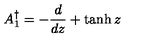
A _ { 1 } ^ { \dagger } = - { \frac { d } { d z } } + \tanh z